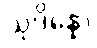
သုဒိန္နော